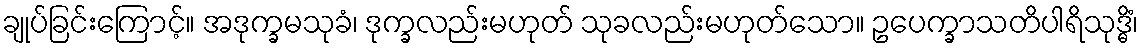
ချုပ်ခြင်းကြောင့်။ အဒုက္ခမသုခံ၊ ဒုက္ခလည်းမဟုတ် သုခလည်းမဟုတ်သော။ ဥပေက္ခာသတိပါရိသုဒ္ဓိံ၊